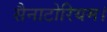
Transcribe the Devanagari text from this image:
सैनाटोरियम।